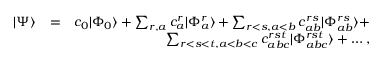
\begin{array} { r l r } { | \Psi \rangle } & { = } & { c _ { 0 } | \Phi _ { 0 } \rangle + \sum _ { r , a } c _ { a } ^ { r } | \Phi _ { a } ^ { r } \rangle + \sum _ { r < s , a < b } c _ { a b } ^ { r s } | \Phi _ { a b } ^ { r s } \rangle + } \\ & { } & { \sum _ { r < s < t , a < b < c } c _ { a b c } ^ { r s t } | \Phi _ { a b c } ^ { r s t } \rangle + \dots , } \end{array}